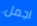
اجمل